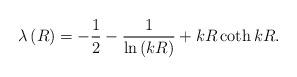
LaTeX: \begin{align*}\lambda\left( R\right) =-\frac{1}{2}-\frac{1}{\ln\left( kR\right)}+kR\coth kR.\end{align*}